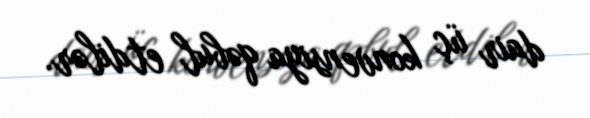
dair üç konvensiya qəbul etdilər.